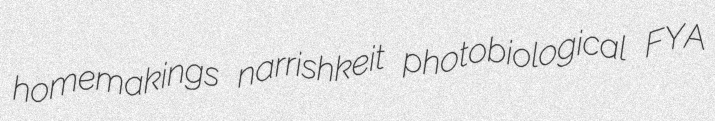
homemakings narrishkeit photobiological FYA